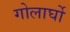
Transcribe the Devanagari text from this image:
गोलार्घो